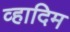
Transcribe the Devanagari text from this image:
व्हादिम